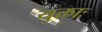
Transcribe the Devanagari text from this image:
युक्ताः